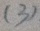
( 3 )